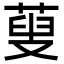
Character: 蓃